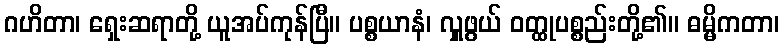
ဂဟိတာ၊ ရှေးဆရာတို့ ယူအပ်ကုန်ပြီ။ ပစ္စယာနံ၊ လှူဖွယ် ဝတ္ထုပစ္စည်းတို့၏။ ဓမ္မိကတာ၊